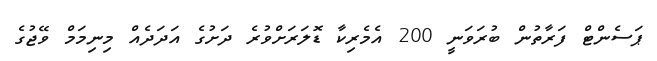
ޕަސެންޓް ފަރާތުން ބުރަވަނީ 200 އެމެރިކާ ޑޮލަރަށްވުރެ ދަށުގެ އަދަދެއް މިނިމަމް ވޭޖުގެ